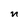
Character: n